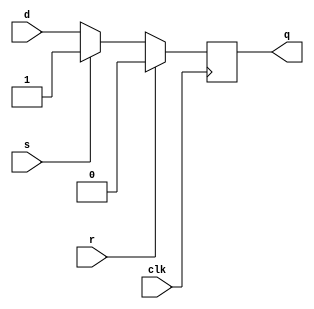
module d_flip_flop(
    input wire clk, // clock input
    input wire d,   // data input
    input wire s,   // set input
    input wire r,   // reset input
    output reg q    // output
);

always @(posedge clk) begin
    if (r) begin
        q <= 1'b0; // reset asserted, output forced low
    end else if (s) begin
        q <= 1'b1; // set asserted, output forced high
    end else begin
        q <= d; // store input data on rising edge of clock
    end
end

endmodule